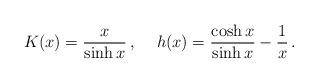
LaTeX: \begin{align*}K(x)=\frac{x}{\sinh{x}}\,,\hspace{5mm}h(x)=\frac{\cosh{x}}{\sinh{x}}-\frac{1}{x}\,.\end{align*}